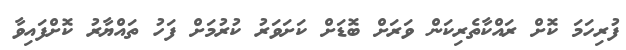
ފުރިހަމަ ކޮށް ރައްކާތެރިކަން ވަރަށް ބޮޑަށް ކަށަވަރު ކުރުމަށް ފަހު ތައްޔާރު ކޮށްފައިވާ